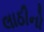
લાઠીનો